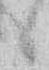
候